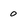
Character: o